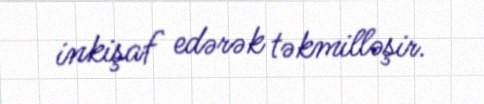
inkişaf edərək təkmilləşir.